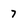
Character: 7